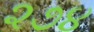
૨૭૪